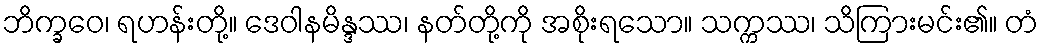
ဘိက္ခဝေ၊ ရဟန်းတို့။ ဒေဝါနမိန္ဒဿ၊ နတ်တို့ကို အစိုးရသော။ သက္ကဿ၊ သိကြားမင်း၏။ တံ